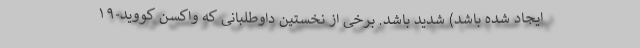
ایجاد شده باشد) شدید باشد. برخی از نخستین داوطلبانی که واکسن کووید-۱۹